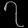
Digit: ၇